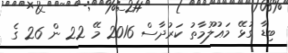
ބިޑާ ގުޅޭ މަޢުލޫމާތު ކަރުދާސް 2016 މޭ 22 ން 26 ގެ